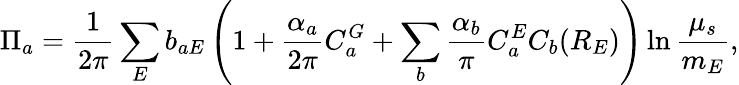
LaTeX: \Pi_{a}=\frac{1}{2\pi}\sum_{E}b_{aE}\left(1+\frac{\alpha_{a}}{2\pi}C_{a}^{G}+\sum_{b}\frac{\alpha_{b}}{\pi}C_{a}^{E}C_{b}(R_{E})\right)\ln\frac{\mu_{s}}{m_{E}},